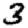
Digit: 3